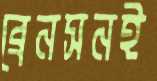
ব্রেনসনই